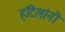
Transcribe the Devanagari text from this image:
हॉटेलांनी